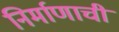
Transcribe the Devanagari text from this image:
निर्माणाची